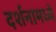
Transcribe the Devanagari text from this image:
दर्शनामध्ये